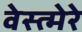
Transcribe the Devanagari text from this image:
वेस्त्मेरे